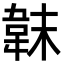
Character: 韎